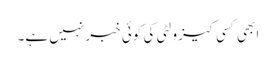
ابھی کسی کیزولٹی کی کوئی خبر نہیں ہے۔